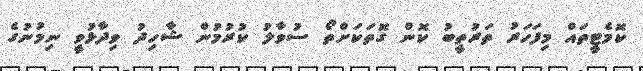
ކޮމެޓީތައް މިފަހަރު ތަރުތީބު ކޮން ގޮތަކަށްތޯ ސުވާލު ކުރުމުން ޝާހިދު ވިދާޅުވީ ނިމުނުގެ